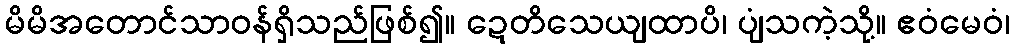
မိမိအတောင်သာဝန်ရှိသည်ဖြစ်၍။ ဍေတိသေယျထာပိ၊ ပျံသကဲ့သို့။ ဧဝံမေဝံ၊